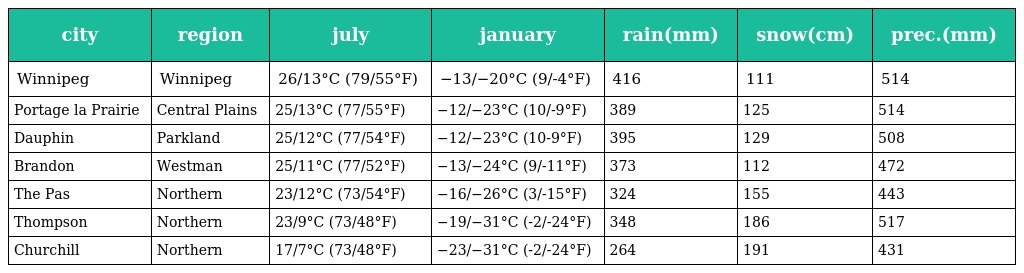
| city | region | july | january | rain(mm) | snow(cm) | prec.(mm) |
 | --- | --- | --- | --- | --- | --- | --- |
 | Winnipeg | Winnipeg | 26/13°C (79/55°F) | −13/−20°C (9/-4°F) | 416 | 111 | 514 |
 | Portage la Prairie | Central Plains | 25/13°C (77/55°F) | −12/−23°C (10/-9°F) | 389 | 125 | 514 |
 | Dauphin | Parkland | 25/12°C (77/54°F) | −12/−23°C (10-9°F) | 395 | 129 | 508 |
 | Brandon | Westman | 25/11°C (77/52°F) | −13/−24°C (9/-11°F) | 373 | 112 | 472 |
 | The Pas | Northern | 23/12°C (73/54°F) | −16/−26°C (3/-15°F) | 324 | 155 | 443 |
 | Thompson | Northern | 23/9°C (73/48°F) | −19/−31°C (-2/-24°F) | 348 | 186 | 517 |
 | Churchill | Northern | 17/7°C (73/48°F) | −23/−31°C (-2/-24°F) | 264 | 191 | 431 |